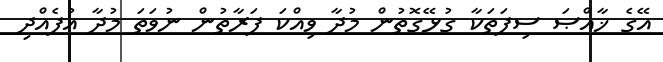
އޭގެ ޚާއްޞަ ސިފަތަކާ ގުޅޭގޮތުން މުދާ ވިއްކަ ފަރާތުން ނުވަތަ މުދާ އުފެއްދި